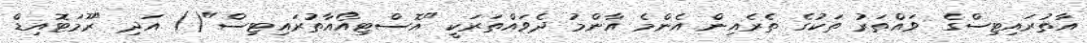
އާތުރައިޓިސްގެ ވައްތަރު ތަކުގެ ތެރެއިން އެންމެ އާންމު ދެވައްތަރަކީ "އޮސްޓިއޯއާތުރައިޓިސް"() އަދި "ރޫމަޓޮއިޑް